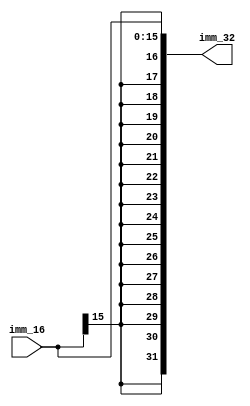
`timescale 1ns / 1ps
//////////////////////////////////////////////////////////////////////////////////
// Company: 
// Engineer: 
// 
// Design Name: 
// Module Name:    Ext_32 
// Project Name: 
// Target Devices: 
// Tool versions: 
// Description: 
//
// Dependencies: 
//
// Revision: 
// Revision 0.01 - File Created
// Additional Comments: 
//
//////////////////////////////////////////////////////////////////////////////////
module Ext_32(
	input wire [15:0]imm_16,
	output wire [31:0]imm_32
    );

assign imm_32[15:0]=imm_16[15:0];
assign imm_32[16]=imm_16[15];
assign imm_32[17]=imm_16[15];
assign imm_32[18]=imm_16[15];
assign imm_32[19]=imm_16[15];
assign imm_32[20]=imm_16[15];
assign imm_32[21]=imm_16[15];
assign imm_32[22]=imm_16[15];
assign imm_32[23]=imm_16[15];
assign imm_32[24]=imm_16[15];
assign imm_32[25]=imm_16[15];
assign imm_32[26]=imm_16[15];
assign imm_32[27]=imm_16[15];
assign imm_32[28]=imm_16[15];
assign imm_32[29]=imm_16[15];
assign imm_32[30]=imm_16[15];
assign imm_32[31]=imm_16[15];

endmodule